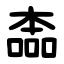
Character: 㮺